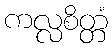
ကလ္လစိတ္တံ